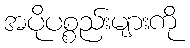
အပိုပစ္စည်းများကို